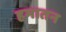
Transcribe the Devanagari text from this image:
हमातन